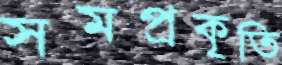
সমপ্রকৃতি